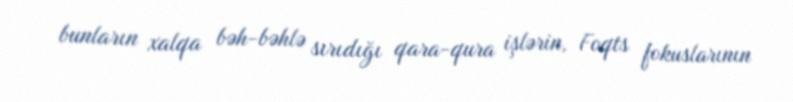
bunların xalqa bəh-bəhlə sırıdığı qara-qura işlərin, Foqts fokuslarının